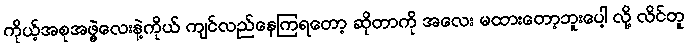
ကိုယ့်အစုအဖွဲ့လေးနဲ့ကိုယ် ကျင်လည်နေကြရတော့ ဆိုတာကို အလေး မထားတော့ဘူးပေါ့ လို့ လိင်တူ